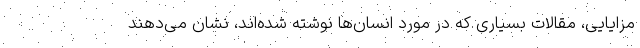
مزایایی، مقالات بسیاری که در مورد انسان‌ها نوشته شده‌اند، نشان می‌دهند